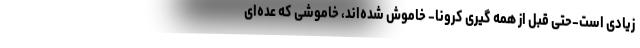
زیادی است-حتی قبل از همه گیری کرونا- خاموش شده‌اند، خاموشی که عده‌ای